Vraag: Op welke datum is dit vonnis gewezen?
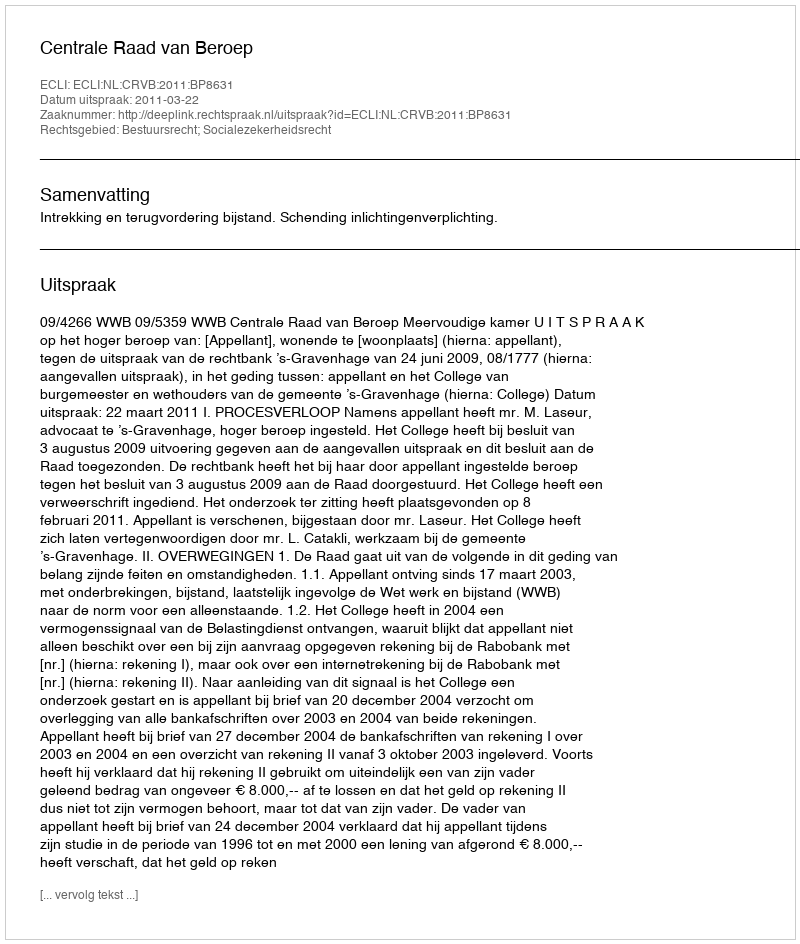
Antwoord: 2011-03-22